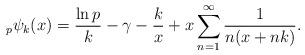
LaTeX: \begin{align*} _{p}\psi_{k}(x)=\frac{\ln p}{k}-\gamma- \frac{k}{x}+ x\sum_{n=1}^{\infty}\frac{1}{n(x+nk)}. \end{align*}